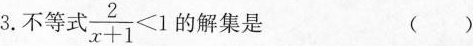
3.不等式$$\frac { 2 } { x + 1 } < 1$$的解集是（）